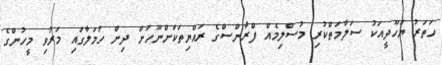
ހަތަރު ޔަހޫދީއަކު ސަލާމަތްކުރި މުސްލިމެއް ފްރާންސްގެ ރައްޔިތަކަށްނޫހަށް ދިން ހަމަލާގައި މަރުވި މީހުންގެ